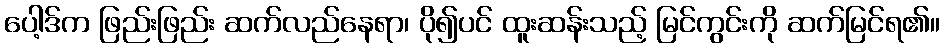
ပေါ့ဒ်က ဖြည်းဖြည်း ဆက်လည်နေရာ၊ ပို၍ပင် ထူးဆန်းသည့် မြင်ကွင်းကို ဆက်မြင်ရ၏။